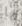
يا